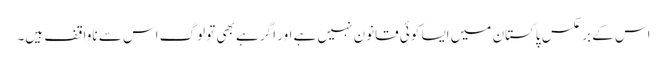
اس کے برعکس پاکستان میں ایسا کوئی قانون نہیں ہے اور اگر ہے بھی تو لوگ اس سے ناواقف ہیں۔